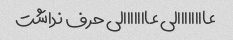
عاااااااالی عااااااالی حرف نداشت